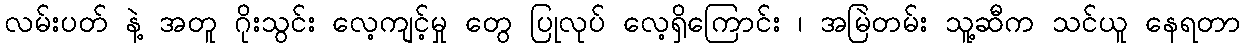
လမ်းပတ် နဲ့ အတူ ဂိုးသွင်း လေ့ကျင့်မှု တွေ ပြုလုပ် လေ့ရှိကြောင်း ၊ အမြဲတမ်း သူ့ဆီက သင်ယူ နေရတာ